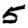
Digit: 5